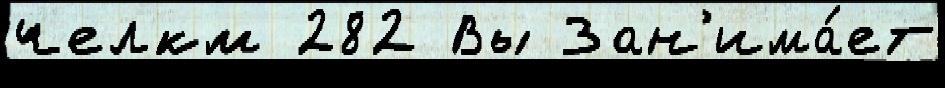
челкм 282 Вы Зан'има́ет